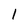
Character: 1